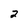
Character: 2